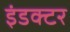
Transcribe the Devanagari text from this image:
इंडक्टर